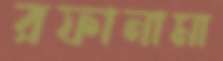
রফানামা